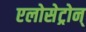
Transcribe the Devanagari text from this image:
एलोसेट्रोन्